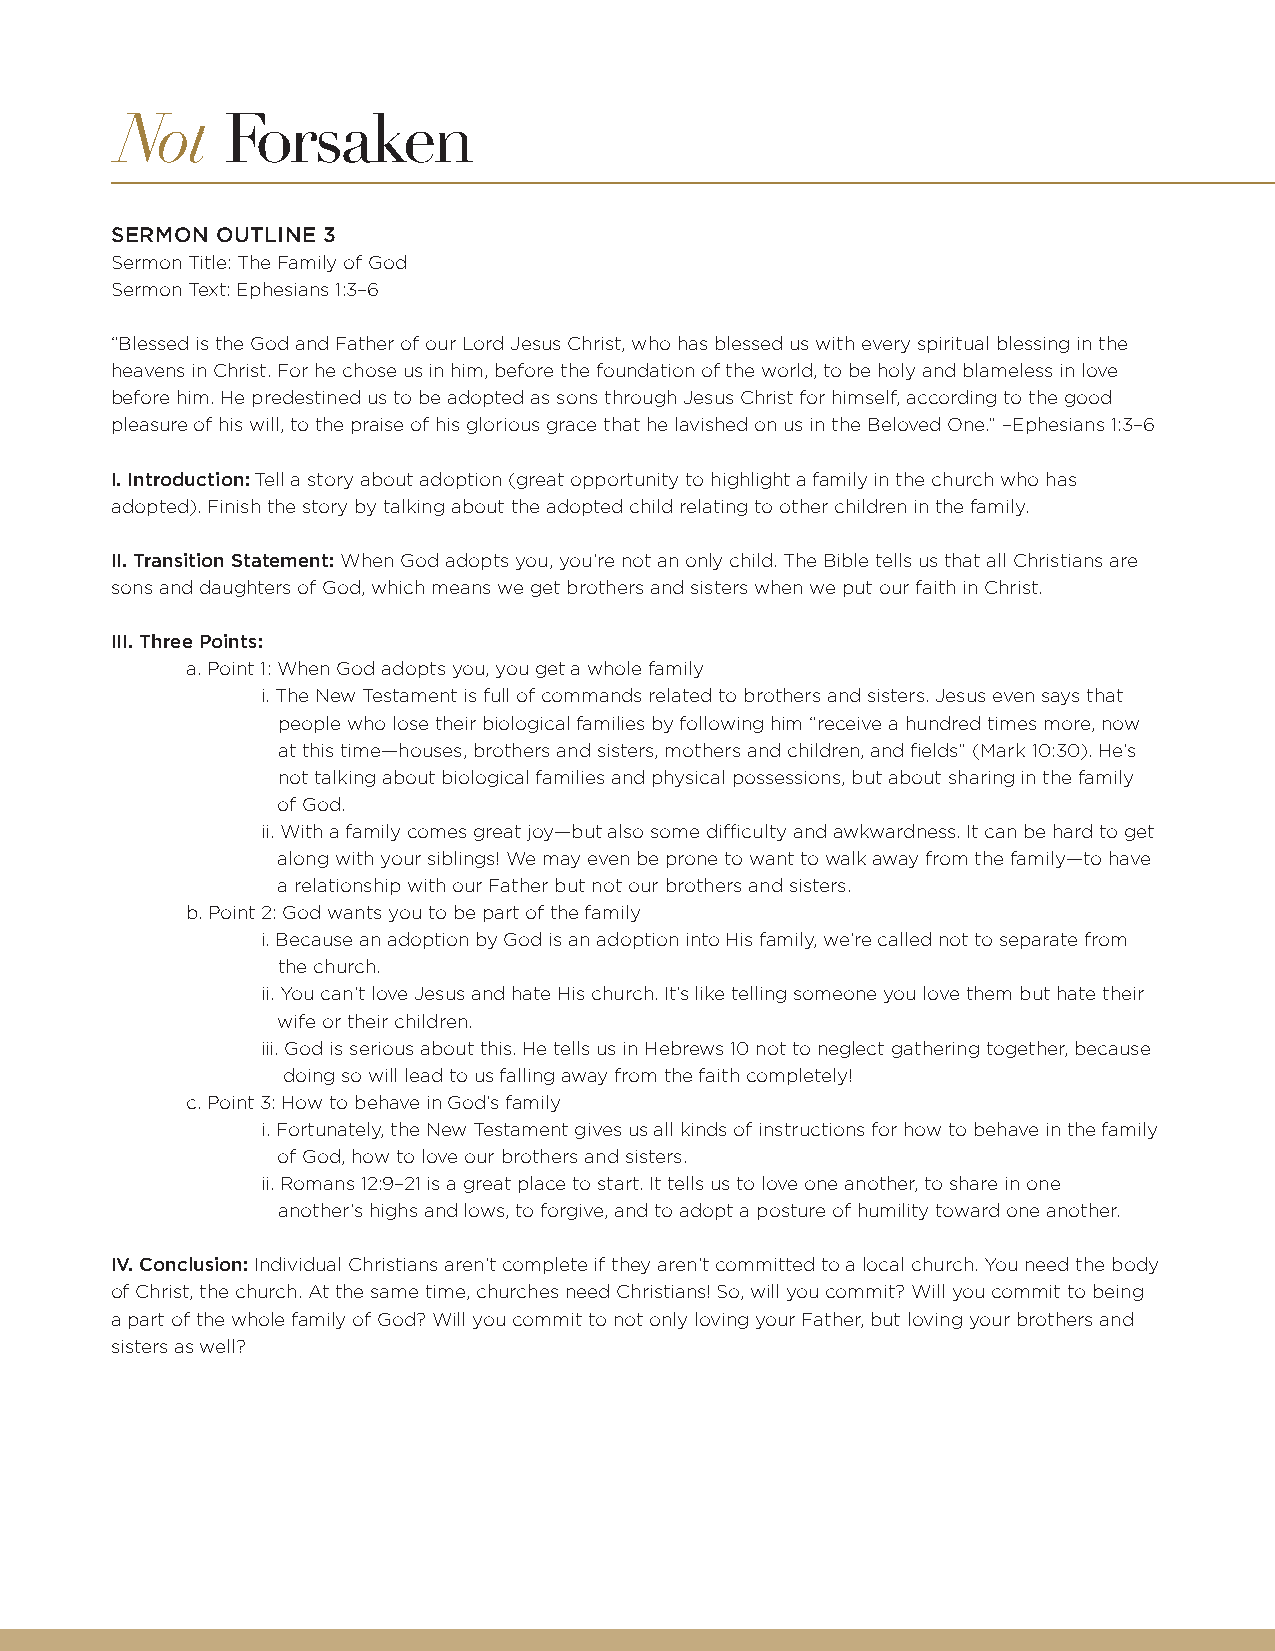
SERMON OUTLINE 3
 Sermon Title: The Family of God
 Sermon Text: Ephesians 1:3–6
 “Blessed is the God and Father of our Lord Jesus Christ, who has blessed us with every spiritual blessing in the
 heavens in Christ. For he chose us in him, before the foundation of the world, to be holy and blameless in love
 before him. He predestined us to be adopted as sons through Jesus Christ for himself, according to the good
 pleasure of his will, to the praise of his glorious grace that he lavished on us in the Beloved One.” –Ephesians 1:3–6
 I. Introduction: Tell a story about adoption (great opportunity to highlight a family in the church who has
 adopted). Finish the story by talking about the adopted child relating to other children in the family.
 II. Transition Statement: When God adopts you, you’re not an only child. The Bible tells us that all Christians are
 sons and daughters of God, which means we get brothers and sisters when we put our faith in Christ.
 III. Three Points:
 a. Point 1: When God adopts you, you get a whole family
 i. The New Testament is full of commands related to brothers and sisters. Jesus even says that
 people who lose their biological families by following him “receive a hundred times more, now
 at this time—houses, brothers and sisters, mothers and children, and fields” (Mark 10:30). He’s
 not talking about biological families and physical possessions, but about sharing in the family
 of God.
 ii. With a family comes great joy—but also some difficulty and awkwardness. It can be hard to get
 along with your siblings! We may even be prone to want to walk away from the family—to have
 a relationship with our Father but not our brothers and sisters.
 b. Point 2: God wants you to be part of the family
 i. Because an adoption by God is an adoption into His family, we’re called not to separate from
 the church.
 ii. You can’t love Jesus and hate His church. It’s like telling someone you love them but hate their
 wife or their children.
 iii. God is serious about this. He tells us in Hebrews 10 not to neglect gathering together, because
 doing so will lead to us falling away from the faith completely!
 c. Point 3: How to behave in God’s family
 i. Fortunately, the New Testament gives us all kinds of instructions for how to behave in the family
 of God, how to love our brothers and sisters.
 ii. Romans 12:9–21 is a great place to start. It tells us to love one another, to share in one
 another’s highs and lows, to forgive, and to adopt a posture of humility toward one another.
 IV. Conclusion: Individual Christians aren’t complete if they aren’t committed to a local church. You need the body
 of Christ, the church. At the same time, churches need Christians! So, will you commit? Will you commit to being
 a part of the whole family of God? Will you commit to not only loving your Father, but loving your brothers and
 sisters as well?